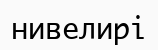
нивелирі